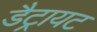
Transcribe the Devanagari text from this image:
डैट्रायट